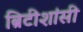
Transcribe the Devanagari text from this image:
ब्रिटीशांसी